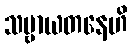
သဗ္ဗာယတနေဟိ